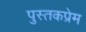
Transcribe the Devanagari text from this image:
पुस्तकप्रेम